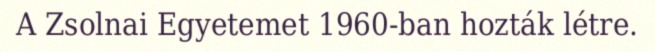
A Zsolnai Egyetemet 1960-ban hozták létre.